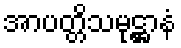
အာပတ္တိသမုဋ္ဌာနံ